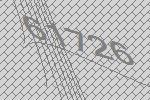
61726